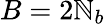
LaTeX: B=2\mathbb{N}_{b}